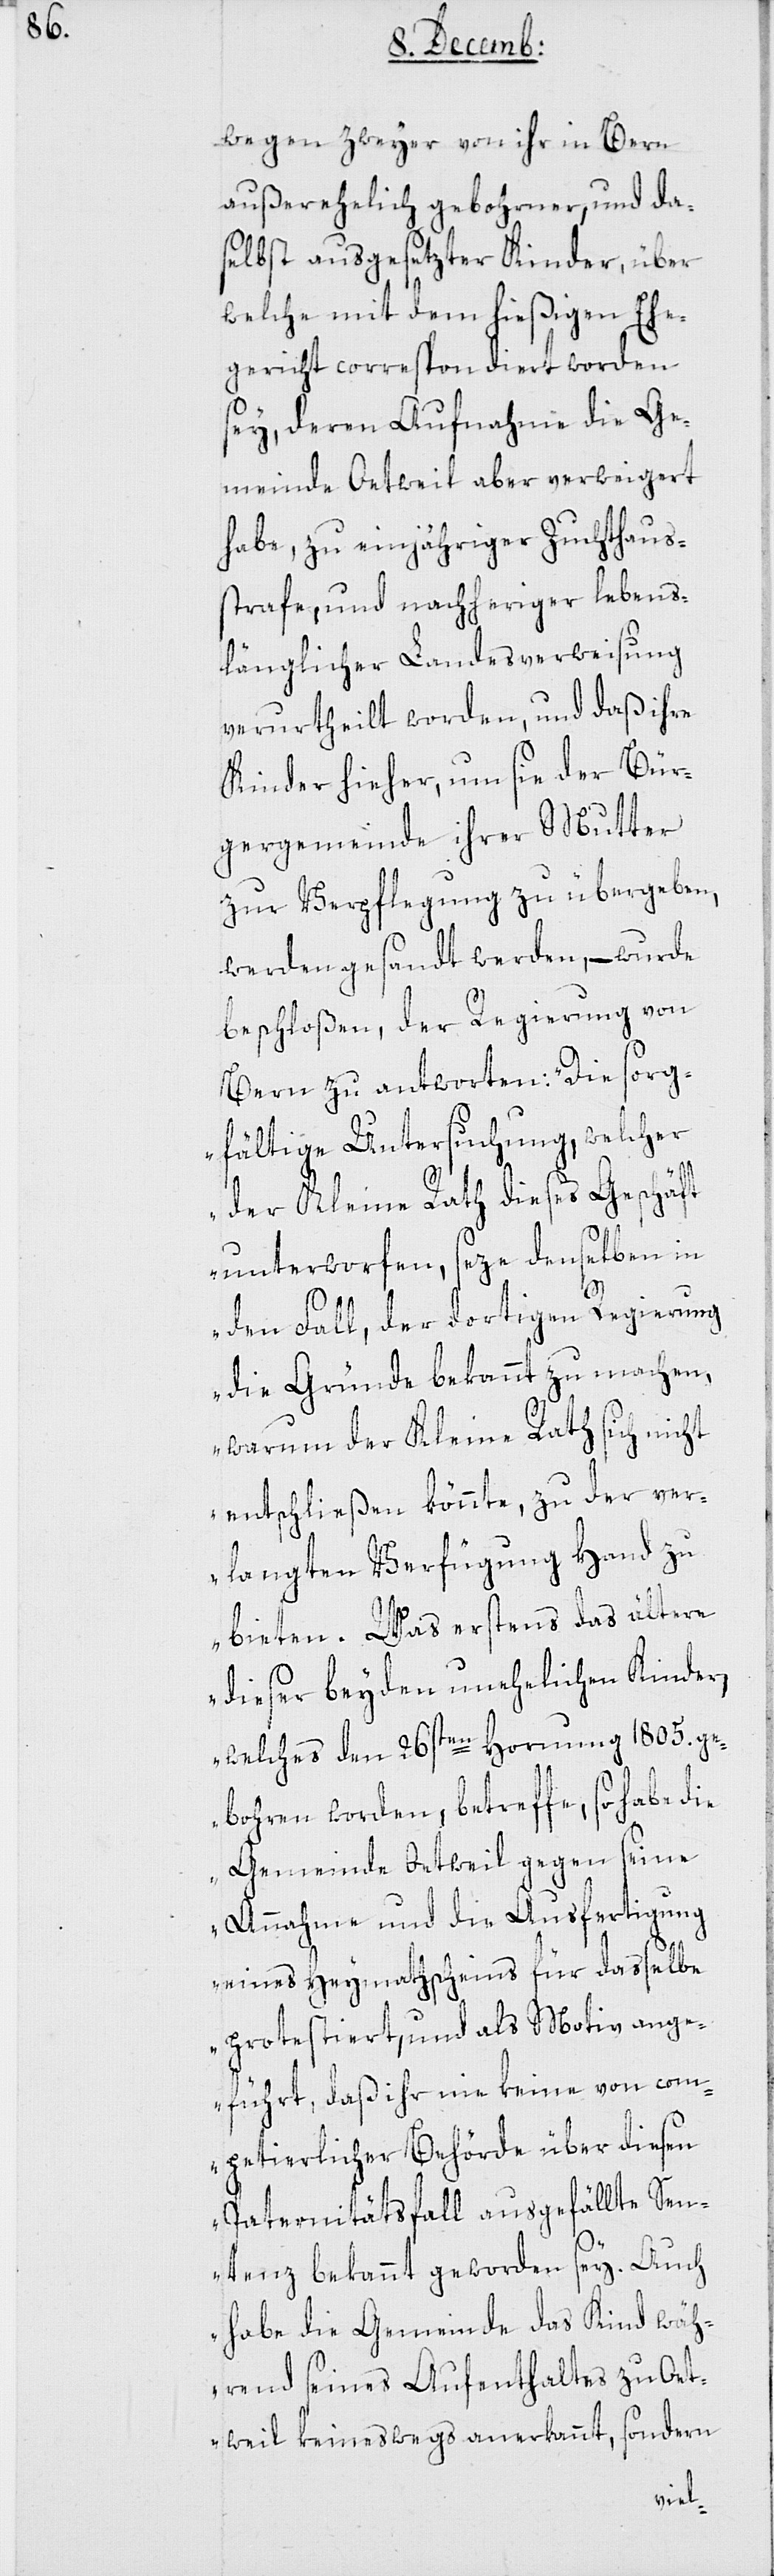
wegen zweyer von ihr in Bern
außerehelich gebohrner, und das¬
elbst ausgesetzter Kinder, über
welche mit dem hießigen Ehe¬
gericht correspondiert worden
sey, deren Aufnahme die Ge¬
meinde Oetweil aber verweigert
habe, zu einjähriger Zuchthaus¬
strafe, und nachheriger lebens¬
länglicher Landesverweisung
verurtheilt worden, und daß ihre
Kinder hieher, um sie der Bür¬
gergemeinde ihrer Mutter
zur Verpflegung zu übergeben,
werden gesandt werden, – wurde
beschloßen, der Regierung von
Bern zu antworten: „Die sorg¬
fältige Untersuchung, welcher
der Kleine Rath dieses Geschäft
unterworfen, seze denselben in
den Fall, der dortigen Regierung
die Gründe bekannt zu machen,
warum der Kleine Rath sich nicht
entschließen könnte, zu der ver¬
langten Verfügung Hand zu
bieten. Was erstens das ältere
dieser beyden unehelichen Kinder,
welches den 26sten Hornung 1805. ge¬
bohren worden betreffe, so habe die
Gemeinde Oetweil gegen seine
Annahme und die Ausfertigung
eines Heymathscheins für dasselbe
protestiert, und als Motiv ange¬
führt, daß ihr nie keine von com¬
petierlicher Behörde über diesen
Paternitätsfall ausgefällte Sen¬
tenz bekannt geworden sey. Auch
habe die Gemeinde das Kind wäh¬
rend seines Aufenthaltes zu Oet¬
weil keineswegs anerkannt, sondern